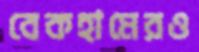
বেকহামেরও